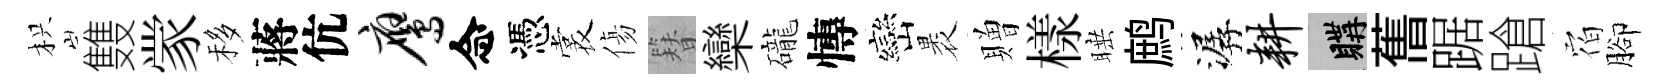
枳䨇䝉移蔣伉鹰念憑裳傷簪欒礲慱巒褁贈樣睡鹧潺耕購𦾔踞蹌𪧐腳